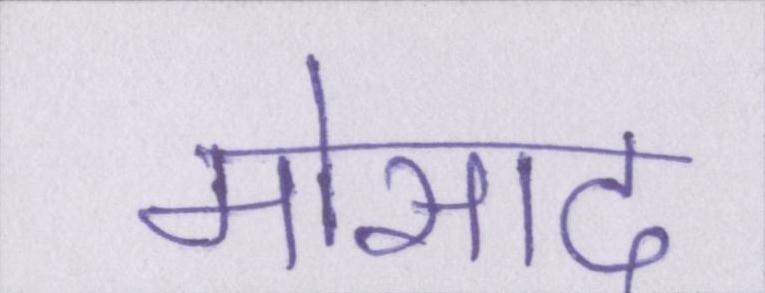
मोसाद